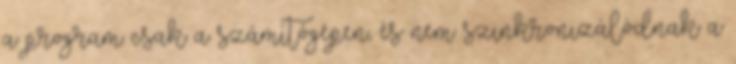
a program csak a számítógépen, és nem szinkronizálódnak a